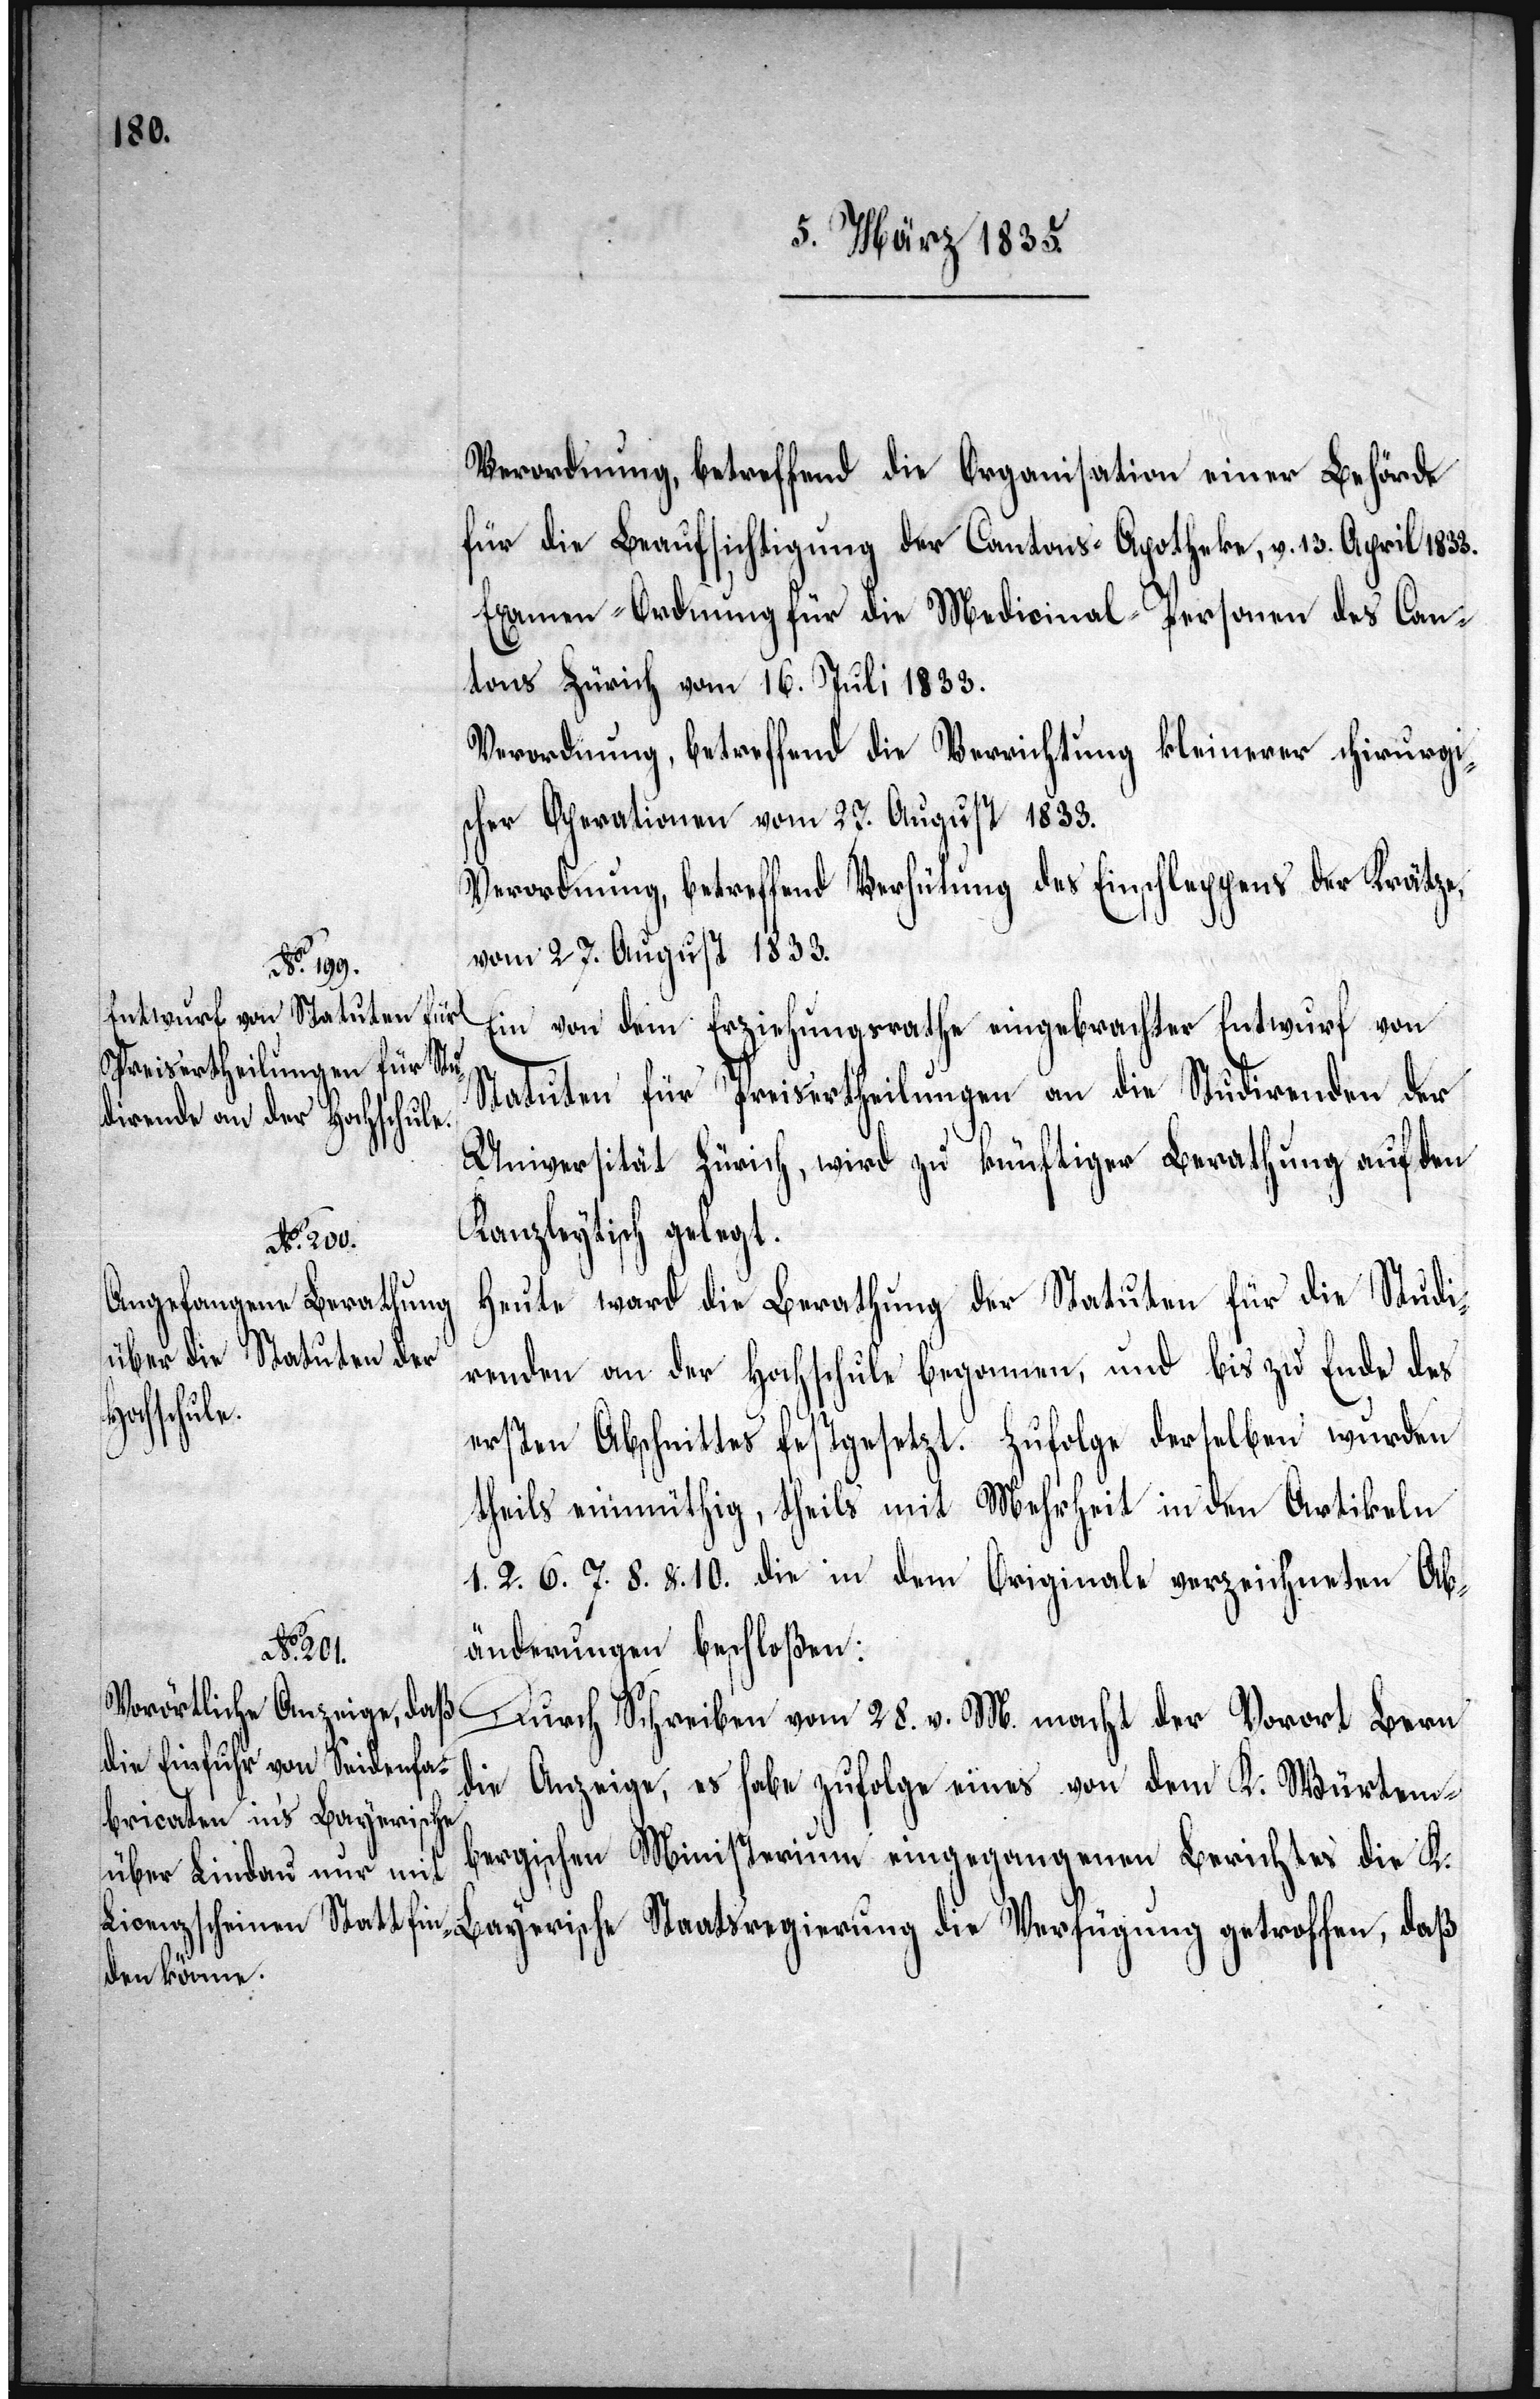
Verordnung, betreffend die Organisation einer Behörde
für die Beaufsichtigung der Cantons-Apotheke, v. 13. April 1833.
Examen-Ordnung für die Medicinal-Personen des Can¬
tons Zürich vom 16. Juli 1833.
Verordnung, betreffend die Verrichtung kleinerer chirurgi¬
scher Operationen vom 27. August 1833.
Verordnung, betreffend Verhütung des Einschleppens der Krätze
vom 27. August 1833.
Ein von dem Erziehungsrathe eingebrachter Entwurf von
Statuten für Preisertheilungen an die Studirenden der
Universität Zürich, wird zu künftiger Berathung auf den
Kanzleytisch gelegt.
Heute ward die Berathung der Statuten für die Studi¬
renden an der Hochschule begonnen, und bis zu Ende des
getroffen,
ersten Abschnittes festgesetzt. Zufolge derselben wurden
theils einmüthig, theils mit Mehrheit in den Artikeln
1. 2. 6. 7. 8. & 10. die in dem Originale verzeichneten Ab¬
änderungen beschloßen:
Durch Schreiben vom 28. v. M. macht der Vorort Bern
die Anzeige, es habe zufolge eines von dem K. Würtem¬
bergischen Ministerium eingegangenen Berichtes die K.